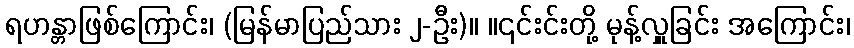
ရဟန္တာဖြစ်ကြောင်း၊ (မြန်မာပြည်သား ၂-ဦး)။ ။၎င်းင်းတို့ မုန့်လှူခြင်း အကြောင်း၊